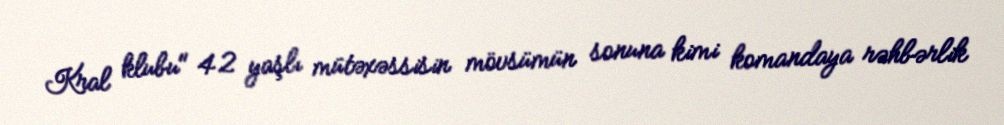
Kral klubu" 42 yaşlı mütəxəssisin mövsümün sonuna kimi komandaya rəhbərlik